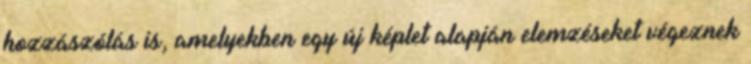
hozzászólás is, amelyekben egy új képlet alapján elemzéseket végeznek